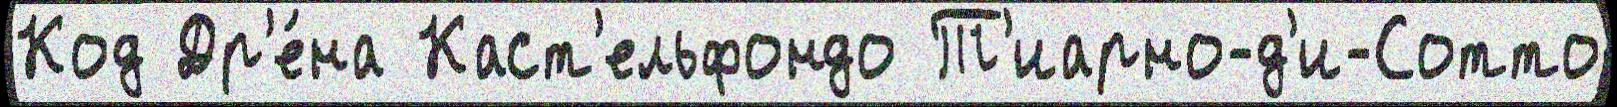
Код Др'е́на Каст'ельфондо Т'иарно-д'и-Сотто